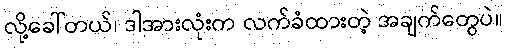
လို့ခေါ်တယ်၊ ဒါအားလုံးက လက်ခံထားတဲ့ အချက်တွေပဲ။